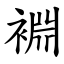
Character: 裫